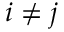
i \not = j